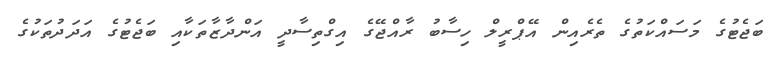
ބަޖެޓުގެ މަސައްކަތުގެ ތެރެއިން އޭޕްރީލް ހިސާބު ރާއްޖޭގެ އިގްތިސާދީ އަންދާޒާތަކާއި ބަޖެޓުގެ އަދަދުތަކުގެ